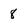
Character: 8